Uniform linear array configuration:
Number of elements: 4
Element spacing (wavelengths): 0.5
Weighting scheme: blackman
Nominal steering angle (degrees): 15
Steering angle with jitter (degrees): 14.938
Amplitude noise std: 0.05
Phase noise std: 0.05

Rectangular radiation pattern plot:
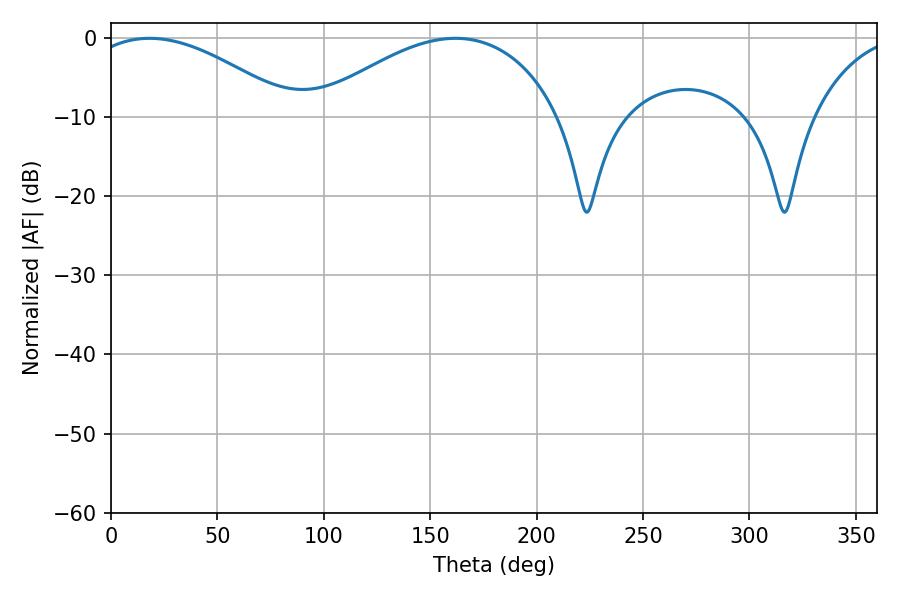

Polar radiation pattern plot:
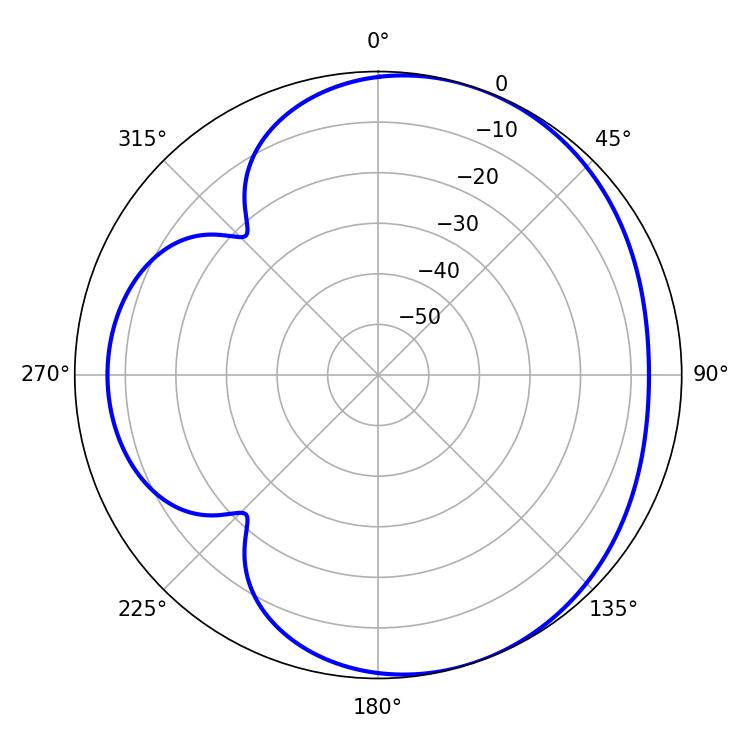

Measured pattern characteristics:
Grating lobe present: FALSE
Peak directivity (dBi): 4.338
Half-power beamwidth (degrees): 54.36
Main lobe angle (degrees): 18.18